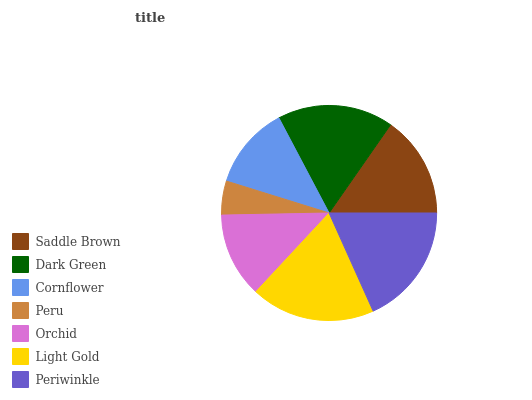
| Saddle Brown | Dark Green | Cornflower | Peru | Orchid | Light Gold | Periwinkle |
 | --- | --- | --- | --- | --- | --- | --- |
 | 15.3% | 17.4% | 12.5% | 5.11% | 12.8% | 18.6% | 18.3% |